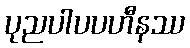
ပုညပါပပဟီနဿ